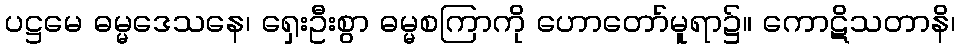
ပဋ္ဌမေ ဓမ္မဒေသနေ၊ ရှေးဦးစွာ ဓမ္မစကြာကို ဟောတော်မူရာ၌။ ကောဋိသတာနိ၊